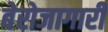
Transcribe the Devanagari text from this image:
बेरोजागारी